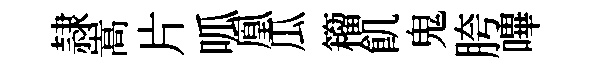
隷嵩片呱凰瓜籕飢鬼胯嗶